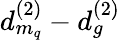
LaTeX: d_{m_{q}}^{(2)}-d_{g}^{(2)}